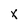
Character: x